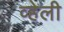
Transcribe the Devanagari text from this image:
व्हेली